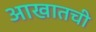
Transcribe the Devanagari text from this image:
आखातची